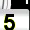
Digit: 5